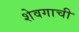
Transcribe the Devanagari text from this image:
शेवगाची